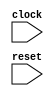
module TestMem(
    input clock,
    input reset
);
endmodule //TestMem